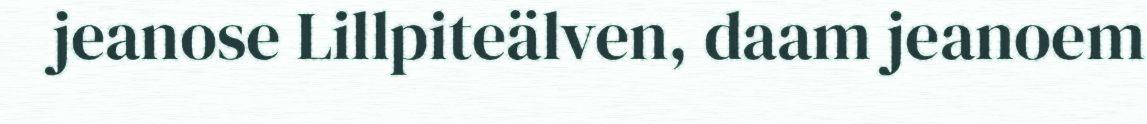
jeanose Lillpiteälven, daam jeanoem